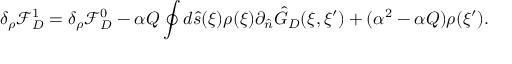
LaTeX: { \delta _ { \rho } } { \mathcal { F } _ { D } ^ { 1 } } = { \delta _ { \rho } } { \mathcal { F } _ { D } ^ { 0 } } - \alpha { Q } \oint { d } \hat { s } ( \xi ) \rho ( \xi ) { \partial _ { \hat { n } } } { \hat { G } _ { D } } ( \xi , \xi ^ { \prime } ) + ( { \alpha ^ { 2 } } - \alpha { Q } ) \rho ( \xi ^ { \prime } ) .